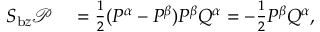
\begin{array} { r l } { S _ { \mathrm { b } z } \mathcal { P } } & { { } = \frac { 1 } { 2 } ( P ^ { \alpha } - P ^ { \beta } ) P ^ { \beta } Q ^ { \alpha } = - \frac { 1 } { 2 } P ^ { \beta } Q ^ { \alpha } , } \end{array}